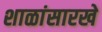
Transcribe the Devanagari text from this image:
शाळांसारखे